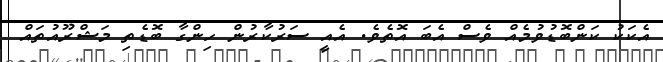
އެކަަކު ކަންބޮޑުވުމެއް ވެސް އެބަ އޮތެވެ. އެއީ ސަރުކާރުން ހިންގާ ބޮޑެތި މަޝްރޫއުތައް